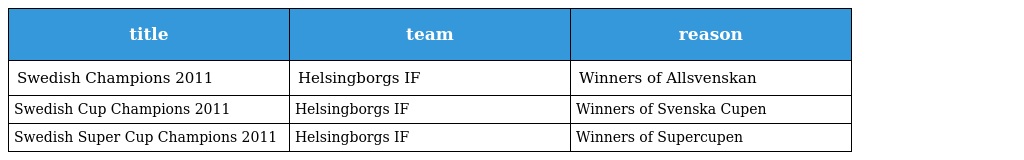
| title | team | reason |
 | --- | --- | --- |
 | Swedish Champions 2011 | Helsingborgs IF | Winners of Allsvenskan |
 | Swedish Cup Champions 2011 | Helsingborgs IF | Winners of Svenska Cupen |
 | Swedish Super Cup Champions 2011 | Helsingborgs IF | Winners of Supercupen |